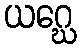
ယဂ္ဃေ